Vaccination Hyderabad 1872-1889 - 1872-1889
Year: 1872
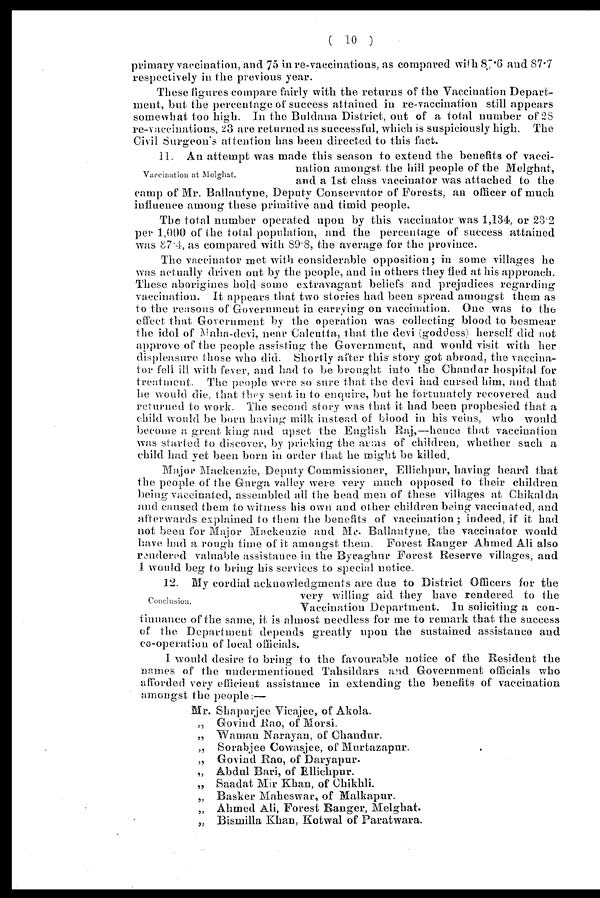
( 10 )
primary vaccination, and 75 in re-vaccinations, as compared with 87.6 and 87.7
respectively in the previous year.
These figures compare fairly with the returns of the Vaccination Depart-
ment, but the percentage of success attained in re-vaccination still appears
somewhat too high. In the Buldana District, out of a total number of 28
re-vaccinations, 23 are returned as successful, which is suspiciously high. The
Civil Surgeon's attention has been directed to this fact.
Vaccination at Melghat.
11. An attempt was made this season to extend the benefits of vacci-
nation amongst the hill people of the Melghat,
and a 1st class vaccinator was attached to the
camp of Mr. Ballantyne, Deputy Conservator of Forests, an officer of much
influence among these primitive and timid people.
The total number operated upon by this vaccinator was 1,134. or 23.2
per 1,000 of the total population, and the percentage of success attained
was 87.4, as compared with 89.8, the average for the province.
The vaccinator met with considerable opposition; in some villages he
was actually driven out by the people, and in others they fied at his approach.
These aborigines hold some extravagant beliefs and prejudices regarding
vaccination. It appears that two stories had been spread amongst them as
to the reasons of Government in carrying on vaccination. One was to the
effect that Government by the operation was collecting blood to besmear
the idol of Maha-devi, near Calcutta, that the devi (goddess) herself did not
approve of the people assisting the Government, and would visit with her
displeasure those who did. Shortly after this story got abroad, the vaccina-
tor fell ill with fever, and had to be brought into the Chandur hospital for
treatment. The people were so sure that the devi had cursed him, and that
he would die, that they sent in to enquire, but he fortunately recovered and
returned to work. The second story was that it had been prophesied that a
child would be born having milk instead of blood in his veins, who would
become a great king and upset the English Raj,—hence that vaccination
was started to discover, by pricking the arms of children, whether such a
child had yet been born in order that he might be killed.
Major Mackenzie, Deputy Commissioner, Ellichpur, having heard that
the people of the Gurga valley were very much opposed to their children
being vaccinated, assembled all the head men of these villages at Chikalda
and caused them to witness his own and other children being vaccinated, and
afterwards explained to them the benefits of vaccination; indeed, if it had
not been for Major Mackenzie and Mr. Ballantyne, the vaccinator would
have had a rough time of it amongst them. Forest Ranger Ahmed Ali also
rendered valuable assistance in the Byraghur Forest Reserve villages, and
I would beg to bring his services to special notice.
Conclusion.
12. My cordial acknowledgments are due to District Officers for the
very willing aid they have rendered to the
Vaccination Department. In soliciting a con-
tinuance of the same, it is almost needless for me to remark that the success
of the Department depends greatly upon the sustained assistance and
co-operation of local officials.
I would desire to bring to the favourable notice of the Resident the
names of the undermentioned Tahsildars and Government officials who
afforded very efficient assistance in extending the benefits of vaccination
amongst the people:—
Mr. Shapurjee Vicajee, of Akola.
„ Govind Rao, of Morsi.
„ Waman Narayan, of Chandur.
„ Sorabjee Cowasjee, of Murtazapur.
„ Govind Rao, of Daryapur.
„ Abdul Bari, of Ellichpur.
„ Saadat Mir Khan, of Chikhli.
„ Basker Maheswar, of Malkapur.
„ Ahmed Ali, Forest Banger, Melghat.
„ Bismilla Khan, Kotwal of Paratwara.